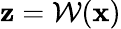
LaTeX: {\mathbf z}=\mathcal{W}({\mathbf x})